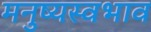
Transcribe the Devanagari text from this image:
मनुष्यस्वभाव